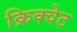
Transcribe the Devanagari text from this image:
क्रिक्वेट